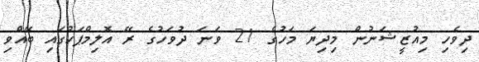
ދިވެހި މިއުޒީޝަނުން މިދިޔަ މަހުގެ 21 ވަނަ ދުވަހުގެ ރޭ އޮލިމްޕަހުގައި ބޭއްވި